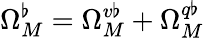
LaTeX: \Omega_{M}^{\flat}=\Omega_{M}^{v\flat}+\Omega_{M}^{q\flat}